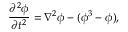
\frac { \partial ^ { 2 } \phi } { \partial t ^ { 2 } } = \nabla ^ { 2 } \phi - ( \phi ^ { 3 } - \phi ) ,